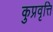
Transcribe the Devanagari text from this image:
कुप्रवृत्ति